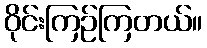
ဝိုင်းကြဉ်ကြတယ်။